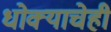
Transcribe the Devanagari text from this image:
धोक्याचेही